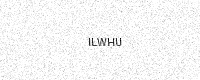
Text: ILWHU